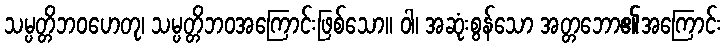
သမ္ပတ္တိဘဝဟေတု၊ သမ္ပတ္တိဘဝအကြောင်းဖြစ်သော။ ဝါ၊ အဆုံးစွန်သော အတ္တဘော၏အကြောင်း